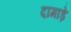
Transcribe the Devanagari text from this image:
दामाड़े